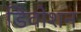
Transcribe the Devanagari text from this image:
डिवोशन